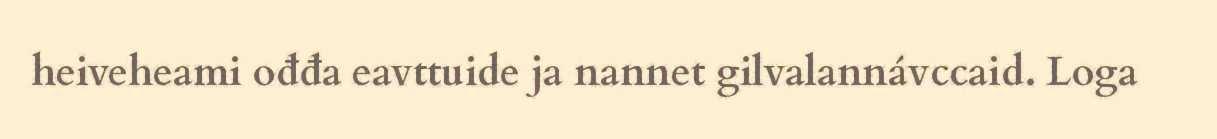
heiveheami ođđa eavttuide ja nannet gilvalannávccaid. Loga